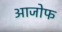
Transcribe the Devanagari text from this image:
आजोफ